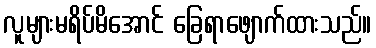
လူများမရိပ်မိအောင် ခြေရာဖျောက်ထားသည်။